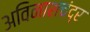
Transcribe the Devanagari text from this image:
अविनाशचंद्र